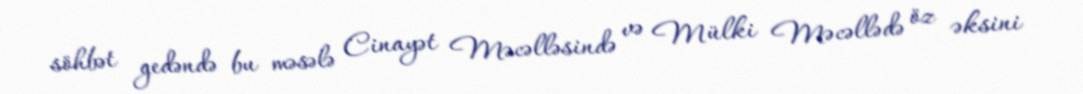
söhbət gedəndə bu məsələ Cinayət Məcəlləsində və Mülki Məcəllədə öz əksini